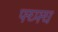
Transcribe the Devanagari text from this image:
फ्घ्फ्घ